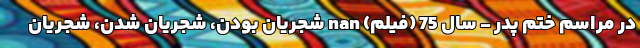
در مراسم ختم پدر - سال 75 (فیلم) nan شجریان بودن، شجریان شدن، شجریان